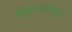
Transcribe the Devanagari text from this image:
पितुरधोमुखी।